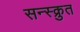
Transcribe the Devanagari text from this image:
सन्स्क्रुत